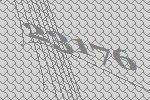
23176